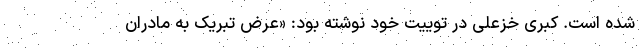
شده است‌. کبری خزعلی در توییت خود نوشته بود: «عرض تبریک به مادران